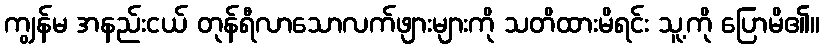
ကျွန်မ အနည်းငယ် တုန်ရီလာသောလက်ဖျားများကို သတိထားမိရင်း သူ့ကို ပြောမိ၏။